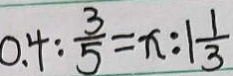
0 . 4 : \frac { 3 } { 5 } = x : 1 \frac { 1 } { 3 }